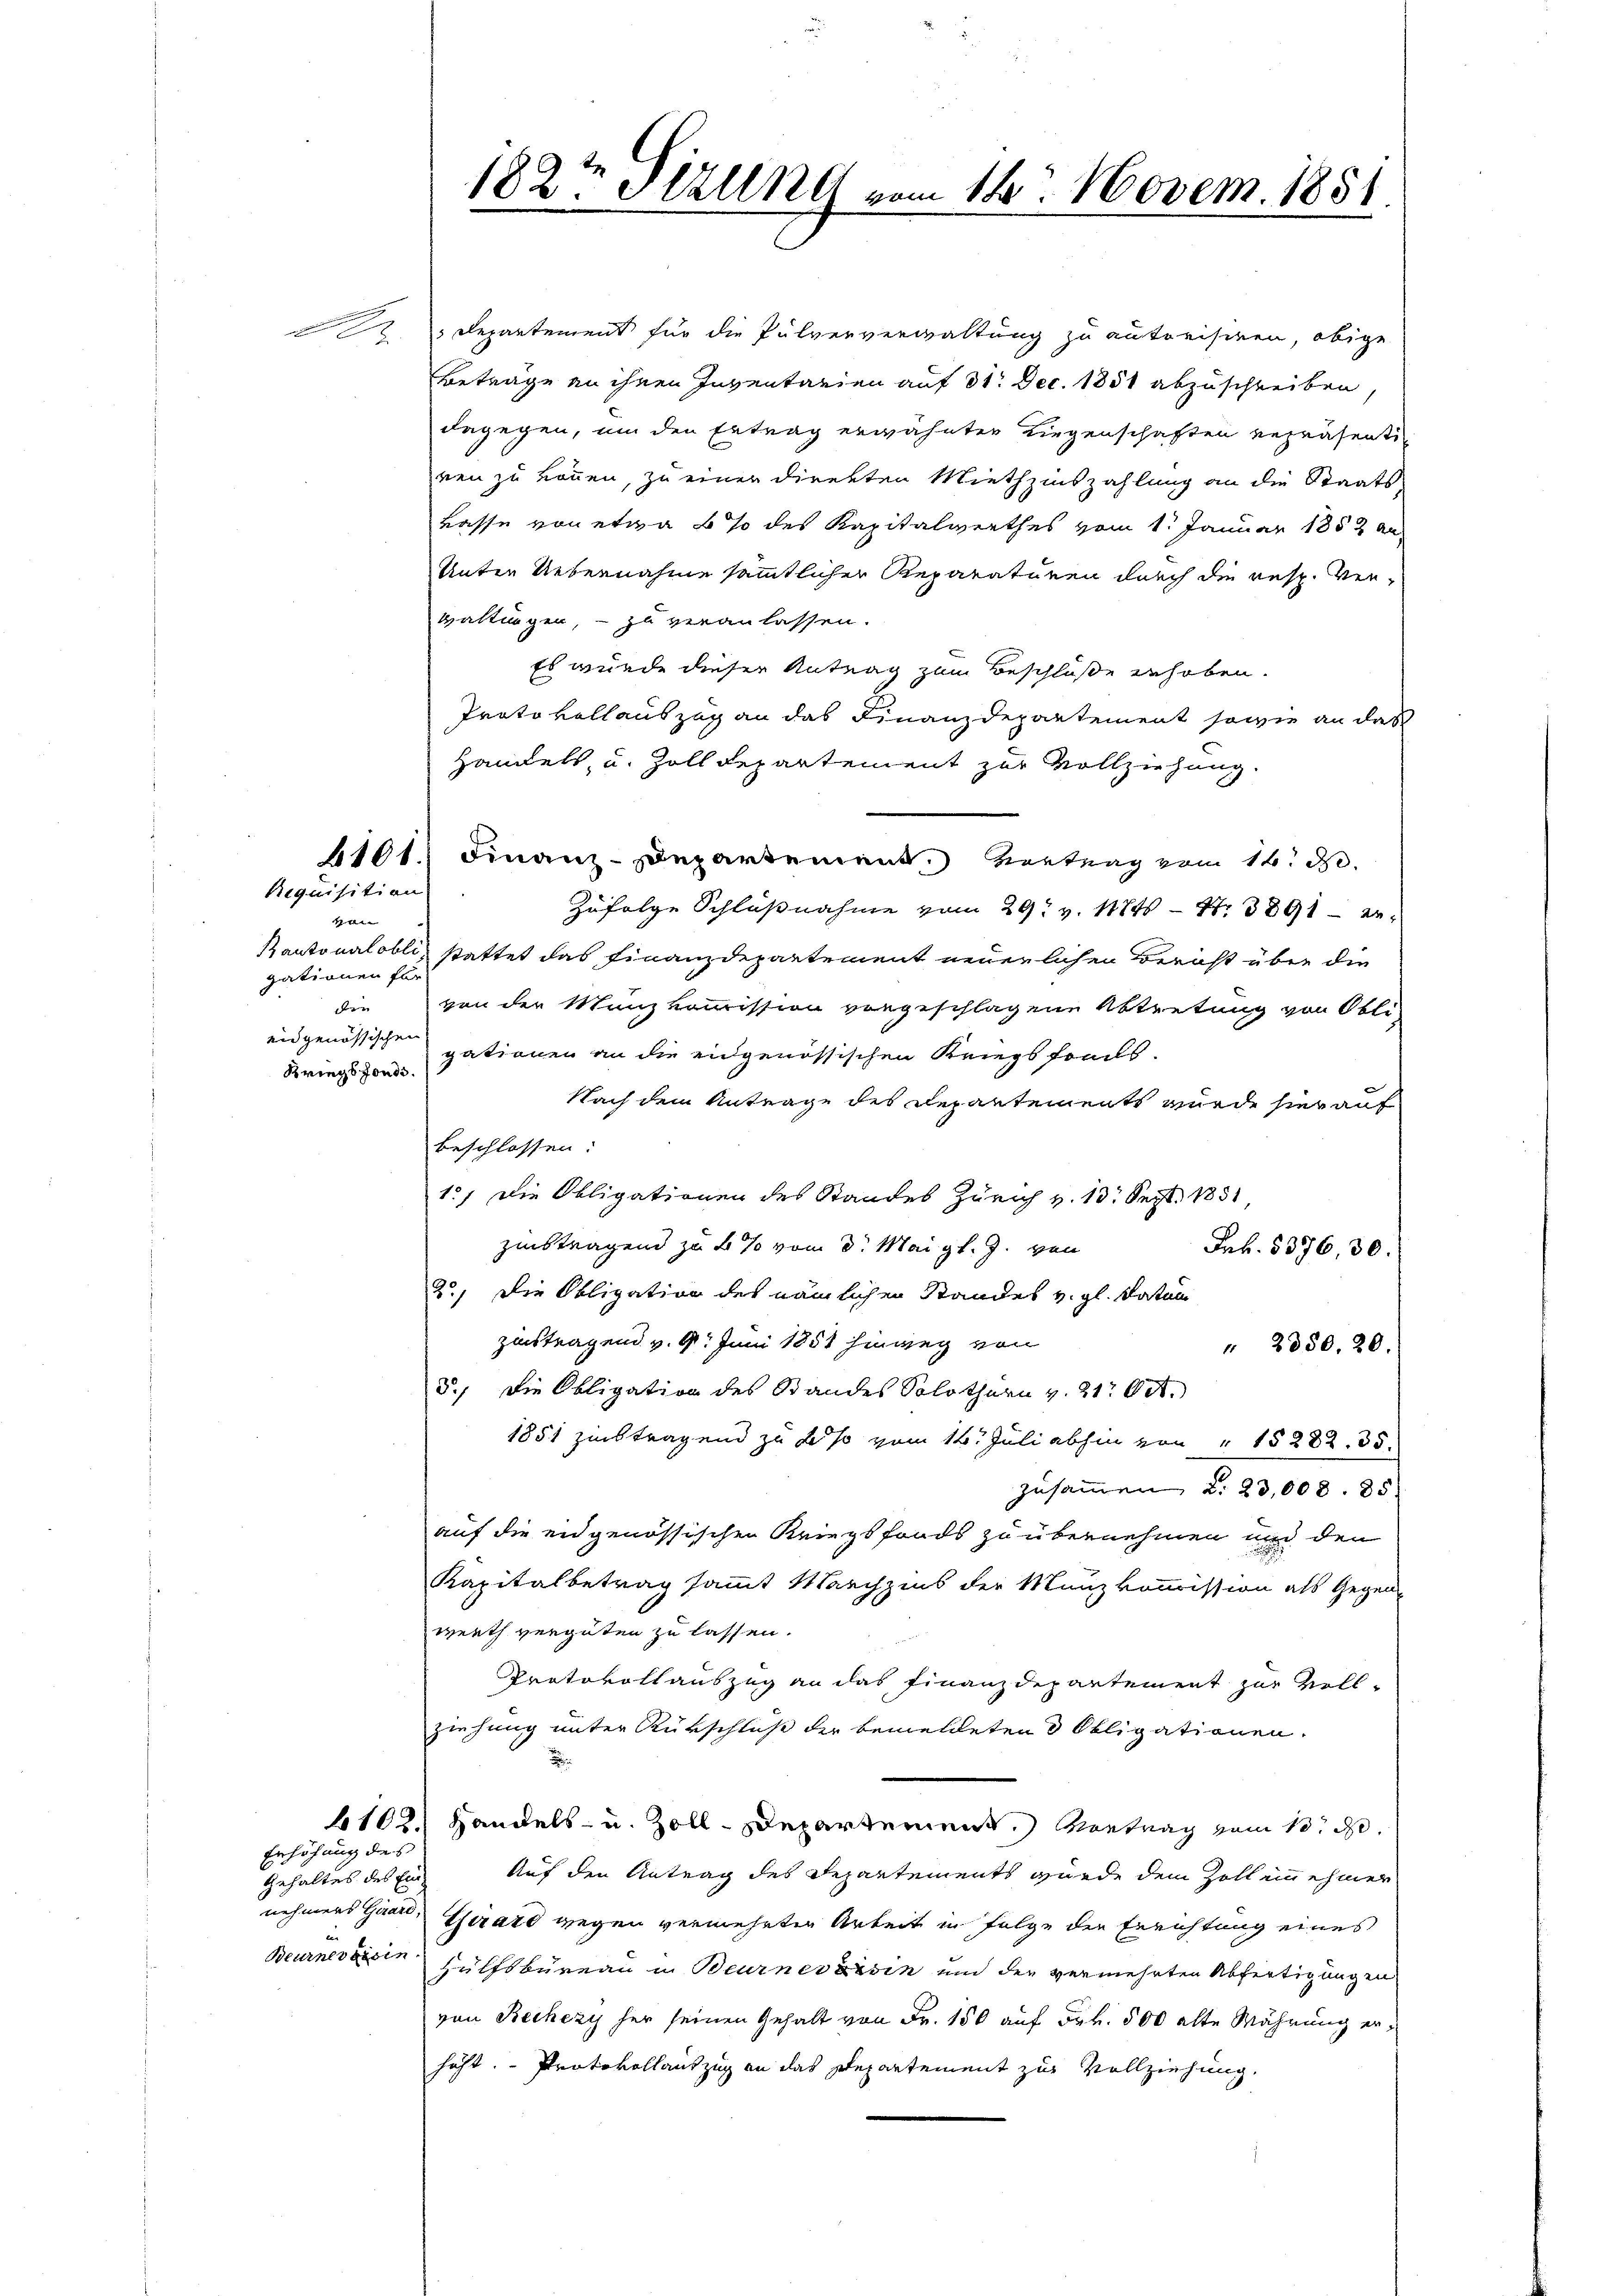
Requisition

n |
gationen für
der
ein genössischen
Kriegsfondi.

D Departement für die Pulververwaltung zu autorisiren, obige
Betrage an ihnen Inventarien auf 31. Dec. 1851 abzuschreiben,
dagegen, um den Ertrag erwähnter Liegenschaften repräsentiren zu können, zu einer direkten Miethzinszahlung an die Staats-
kasse von etwa 6 % des Kapitalwerthes vom 1. Januar 1852 an
Unter Uebernahme sämmtlicher Reparaturen durch die resp. Verwaltungen, – zu veranlassen.
Es wurde dieser Antrag zum Beschlüße erhoben.
Protokollauszug an das Finanzdepartement sowie an das
Handels, u. Zoll Departement zur Vollziehung.
1101.) Finanz-Departement. Vertrag vom 14. d.
Zufolge Schlußnahme vom 29t v. 1171 - 27. 3891 er-
kantonalöbli, stattet das Finanzdepartement neuerlichen Bericht über die
von der Münzkommission vorgeschlagene Abtretung von Obli-
gationen an die eidgenössischen Kriegsfrals.
Nach dem Antrage des Departements wurde hier auf
beschlossen:
1.) Die Obligationen des Standes Zürich v. 13. Sept. 1851
zinstragend zu 4% vom 3. Mai gl. J. von
Frk. 5376, 30.
2.) Die Obligation des nämlichen Standes v. gl. datum
zistragend v. 9. Juni 1851 hinweg von
" 2380. 20.
5.) Die Obligation des Standes Solothurn v. 21. Oct.
1851 zinstragend zu des vom 16. Juli abhin von " 15282. 35
zusammen d. 23,008. 85.
auf die eidgenössischen Kriegsfonds zu übernehmen und den
Kapitalbetrag sammt Marchzins der Munzkommission als Gegen-
werth vergüten zu lassen.
Protokollauszug an das Finanzdepartement zur Vollziehung unter Rürschluß der bemeldeten d Obligationen.
1102. Handels- u. Zoll-Departement.) Vortrag vom 10. d.
Auf den Antrag des Departements wurde dem Zoll innehmer
nehmens Haare Girard wegen vermehrten Arbeit in Folge der Errichtung eines
Hülfsbüreau in Beurnes xxsin und der vermehrten Abfertigungen
von Bechezy her seinen Gehalt von Fr. 150 auf Frk. 500 alte Währung erhöht. Protokollantzug an das Departement zur Vollziehung,

Erhöhung des
Gehaltes des Ein
Beurnevoisin.

182ten Stelle vom 14. Novem. 1851